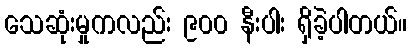
သေဆုံးမှုကလည်း ၉၀၀ နီးပါး ရှိခဲ့ပါတယ်။